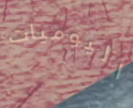
اليوميات